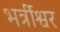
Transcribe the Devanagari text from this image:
भर्त्रीश्वर